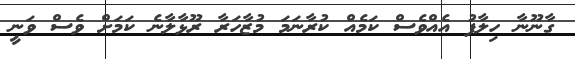
ގާނޫނާ ހިލާފު އެއްވެސް ކަމެއް ކުރާނަމަ މުޒާހަރާ ރޫޅާލާނެ ކަމަށް ވެސް ވަނީ